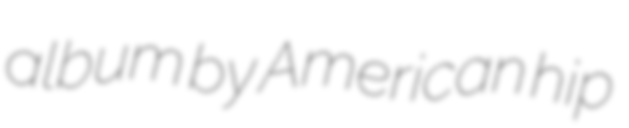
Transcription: album by American hip